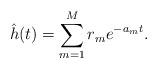
LaTeX: \begin{align*}\hat h (t) = \sum^M_{m=1} r_m e^{-a_m t }.\end{align*}